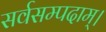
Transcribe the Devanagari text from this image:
सर्वसम्पदाम्‌।